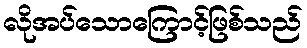
လိုအပ်သောကြောင့်ဖြစ်သည်